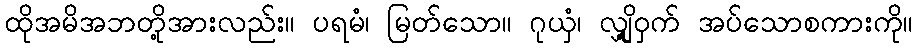
ထိုအမိအဘတို့အားလည်း။ ပရမံ၊ မြတ်သော။ ဂုယှံ၊ လျှို့ဝှက် အပ်သောစကားကို။